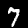
Digit: 7